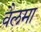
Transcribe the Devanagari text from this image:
वैलमा